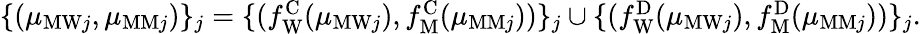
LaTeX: \begin{array}{r}{\{ (\mu_{\mathrm{MW}j},\mu_{\mathrm{MM}j})\} _{j}=\{ (f_{\mathrm{W}}^{\mathrm{C}}(\mu_{\mathrm{MW}j}),f_{\mathrm{M}}^{\mathrm{C}}(\mu_{\mathrm{MM}j}))\} _{j}\cup\{ (f_{\mathrm{W}}^{\mathrm{D}}(\mu_{\mathrm{MW}j}),f_{\mathrm{M}}^{\mathrm{D}}(\mu_{\mathrm{MM}j}))\} _{j}.}\end{array}